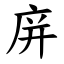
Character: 庰